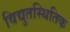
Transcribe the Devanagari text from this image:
विद्युतस्थितिक